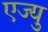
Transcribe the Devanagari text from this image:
एज्‍यु